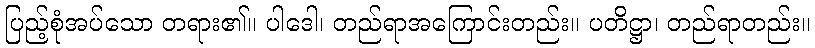
ပြည့်စုံအပ်သော တရား၏။ ပါဒေါ၊ တည်ရာအကြောင်းတည်း။ ပတိဋ္ဌာ၊ တည်ရာတည်း။